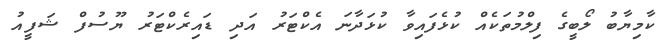
ކާމިޔާބު ލޯބީގެ ފިލްމުތަކެއް ކުޅެފައިވާ ކުޅަދާނަ އެކްޓަރު އަދި ޑައިރެކްޓަރު ޔޫސުފް ޝަފީއު